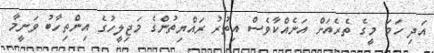
އަދި ހަމަ މީގެ ތެރެއަށް އަނެއްކާވެސް އިތުރު ރައްޔިތުންގެ މަޖިލީހުގެ އިންތިހާބު ވަނީމާ